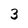
Character: 3